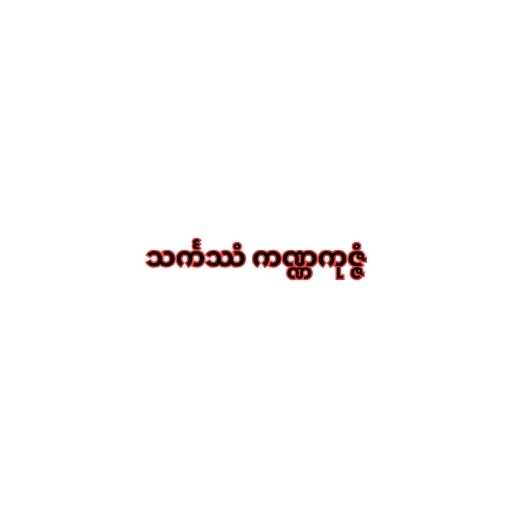
သင်္ကဿံ ကဏ္ဏကုဇ္ဇံ